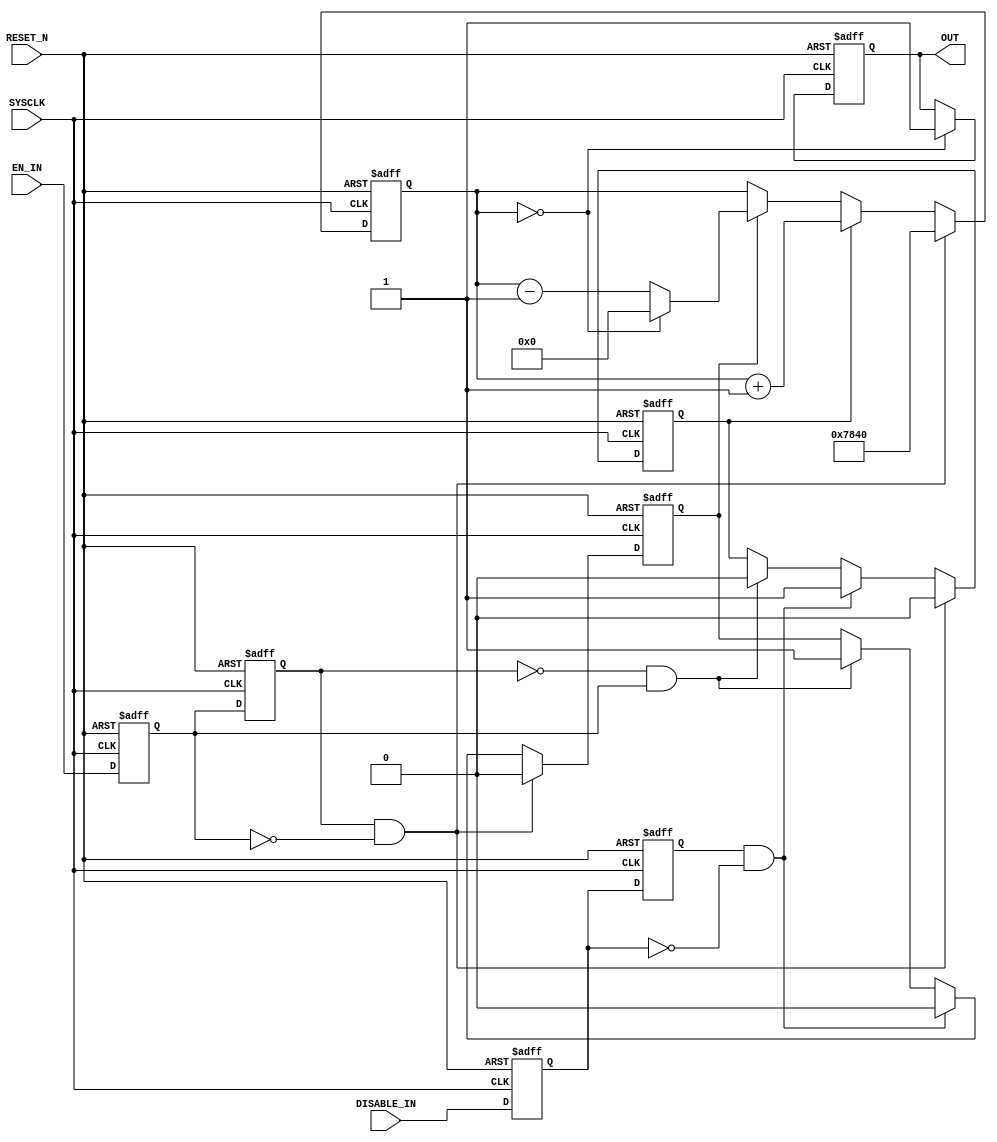
module DELAY #
	         (
			   parameter    DELAY_TIME = 32'h17D7840    //1s delay at 25MHz
			 )
			 (
			   SYSCLK,RESET_N,
			   EN_IN,    //input signal, when this signal is set to 1, then begin to run timer
			   DISABLE_IN,    //input signal, when there is negedge on this signal, the run timer will up-count to DELAY_TIME, then OUT will be de-asserted.
			   OUT    //when the timer run to 0, then assert this signal. when the timer run to DELAY_TIME, then clear this signal
			 );

input    SYSCLK,RESET_N;
input    EN_IN,DISABLE_IN;

output    OUT;

reg    [15:0] CNT;
reg    EN_IN_D1,EN_IN_D2;
reg    DISABLE_IN_D1,DISABLE_IN_D2;
reg    TIMER_UP,TIMER_DOWN;
reg    OUT;

wire    EN_IN_P = ~EN_IN_D2 & EN_IN_D1;
wire    EN_IN_N = EN_IN_D2 & ~EN_IN_D1;

wire    DISABLE_IN_N = DISABLE_IN_D2 & ~DISABLE_IN_D1;

always@(posedge SYSCLK or negedge RESET_N)
	begin
		if(!RESET_N)
			begin
				EN_IN_D1 <= 1'b0;
				EN_IN_D2 <= 1'b0;
				DISABLE_IN_D1 <= 1'b0;
				DISABLE_IN_D2 <= 1'b0;
			end
		else 
			begin
				{EN_IN_D2,EN_IN_D1} <= {EN_IN_D1,EN_IN};
				{DISABLE_IN_D2,DISABLE_IN_D1} <= {DISABLE_IN_D1,DISABLE_IN};
			end			
	end

always@(posedge SYSCLK or negedge RESET_N)
	begin
		if(!RESET_N)
			begin
			  TIMER_UP <= 1'b0;
			  TIMER_DOWN <= 1'b0;
			end
		else if(EN_IN_N)
			begin
			  TIMER_UP <= 1'b0;
			  TIMER_DOWN <= 1'b0;
            end			  
		else if(DISABLE_IN_N)
			begin
			  TIMER_UP <= 1'b1;
			  TIMER_DOWN <= 1'b0;
			end
		else if(EN_IN_P)
			begin
			  TIMER_UP <= 1'b0;
			  TIMER_DOWN <= 1'b1;
            end			  
	end

always@(posedge SYSCLK or negedge RESET_N)
	begin
		if(!RESET_N)
			CNT[15:0] <= DELAY_TIME;
		else if(EN_IN_N)
			CNT[15:0] <= DELAY_TIME;
		else if(TIMER_UP)
			CNT[15:0] <= (CNT[15:0] == DELAY_TIME)? DELAY_TIME : (CNT[15:0] + 1'b1);
		else if(TIMER_DOWN)
			CNT[15:0] <= (CNT[15:0] == 16'h0)? 16'h0 : (CNT[15:0] - 1'b1);
        else
            CNT[15:0] <= CNT[15:0];
	end

always@(posedge SYSCLK or negedge RESET_N)
	begin
		if(!RESET_N)
			OUT <= 0;
	    else if(CNT[15:0] == 0)
			OUT <= 1;
		else if(CNT[15:0] == DELAY_TIME)
			OUT <= 0;
		else
			OUT <= OUT;
	end
			

endmodule